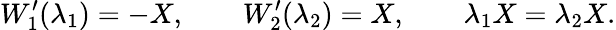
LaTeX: W_{1}^{\prime}(\lambda_{1})=-X,\qquad W_{2}^{\prime}(\lambda_{2})=X,\qquad\lambda_{1}X=\lambda_{2}X.